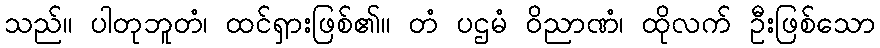
သည်။ ပါတုဘူတံ၊ ထင်ရှားဖြစ်၏။ တံ ပဌမံ ဝိညာဏံ၊ ထိုလက် ဦးဖြစ်သော